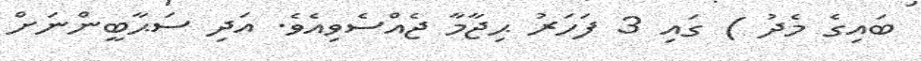
ބައިގެ މެދު ) ގައި 3 ފަހަަރު ޙިޖާމާ ޖެއްސެވިއެވެ. އަދި ސަޙާބީންނަށް